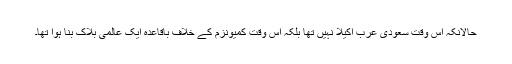
حالانکہ اس وقت سعودی عرب اکیلا نہیں تھا بلکہ اس وقت کمیونزم کے خلاف باقاعدہ ایک عالمی بلاک بنا ہوا تھا۔